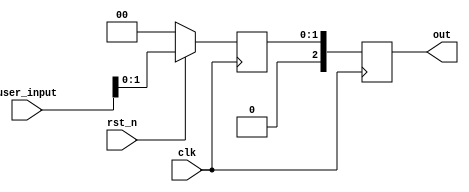
//copilot mean_prob: 0.611466842173127
//This file was assembled by gen.py, written by redactedAuthorFirstname redactedAuthorLastname.

module fsm(out, user_input, clk, rst_n);

input [2:0] user_input;
input clk, rst_n;
output reg [2:0] out;

reg [1:0] state;

//an FSM where the state is equal to the user input
//-copilot next line-
//copilot mean_prob: 0.611466842173127


always @ (posedge clk)
begin
	
	if (~rst_n)
		state <= 0;
	else
		state <= user_input;
	
	out <= state;
end

endmodule